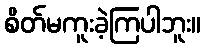
စိတ်မကူးခဲ့ကြပါဘူး။